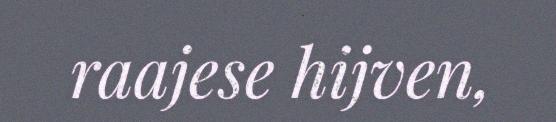
raajese hijven,